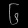
Digit: ၆